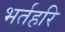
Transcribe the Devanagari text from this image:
भर्तहरि